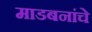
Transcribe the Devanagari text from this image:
माडबनांचे